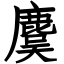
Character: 麌